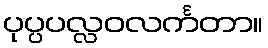
ပုပ္ပပလ္လဝလင်္ကတာ။